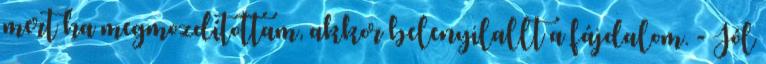
mert ha megmozdítottam, akkor belenyilallt a fájdalom. - Jól